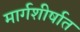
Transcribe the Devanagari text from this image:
मार्गशीर्षात